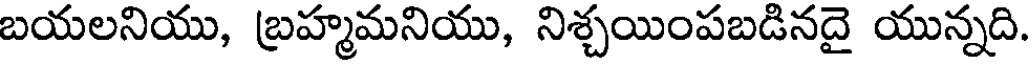
బయలనియు, బ్రహ్మమనియు, నిశ్చయింపబడినదై యున్నది.